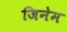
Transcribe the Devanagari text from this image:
जिनेम